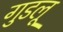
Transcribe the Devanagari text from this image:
गुडलू